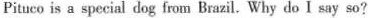
Pituco is a special dog from Brazil. Why do I say so?